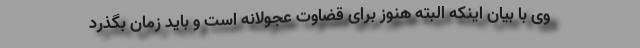
وی با بیان اینکه البته هنوز برای قضاوت عجولانه است و باید زمان بگذرد